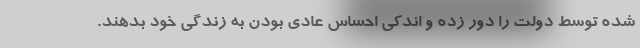
شده توسط دولت را دور زده و اندكي احساس عادی بودن به زندگی خود بدهند.